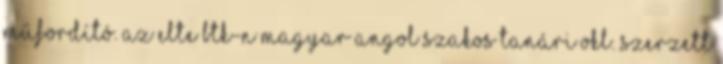
műfordító. Az ELTE BTK-n magyar–angol szakos tanári okl. szerzett